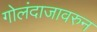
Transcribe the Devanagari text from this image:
गोलंदाजावरुन